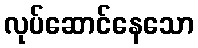
လုပ်ဆောင်နေသော